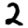
Digit: 2